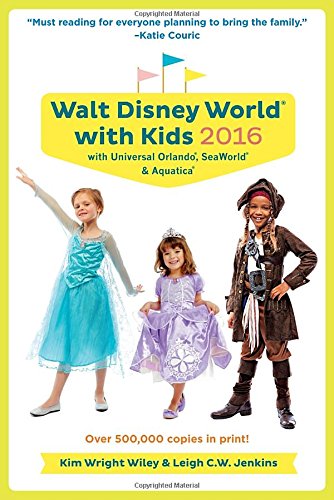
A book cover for Fodor's Walt Disney World with Kids 2016: with Universal Orlando (Travel Guide); Kim Wright Wiley; Travel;